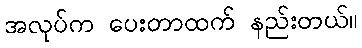
အလုပ်က ပေးတာထက် နည်းတယ်။